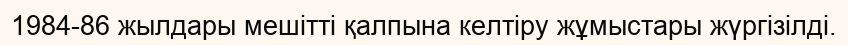
1984-86 жылдары мешітті қалпына келтіру жұмыстары жүргізілді.